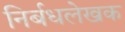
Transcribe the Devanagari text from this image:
निर्बधलेखक